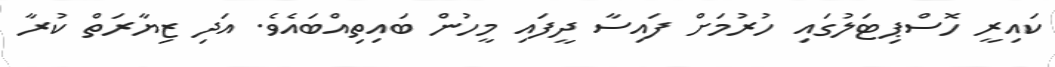
ކައިރީ ހޮސްޕިޓަލުގައި ހުރުމަށް ފައިސާ ދީފައި މީހުން ބައިތިއްބައެވެ. އަދި ޒިޔާރަތް ކުރާ